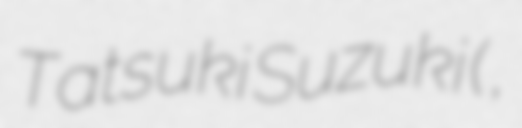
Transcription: Tatsuki Suzuki (鈴木 竜生,